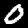
Label: 0